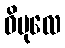
ဝိပုလေ